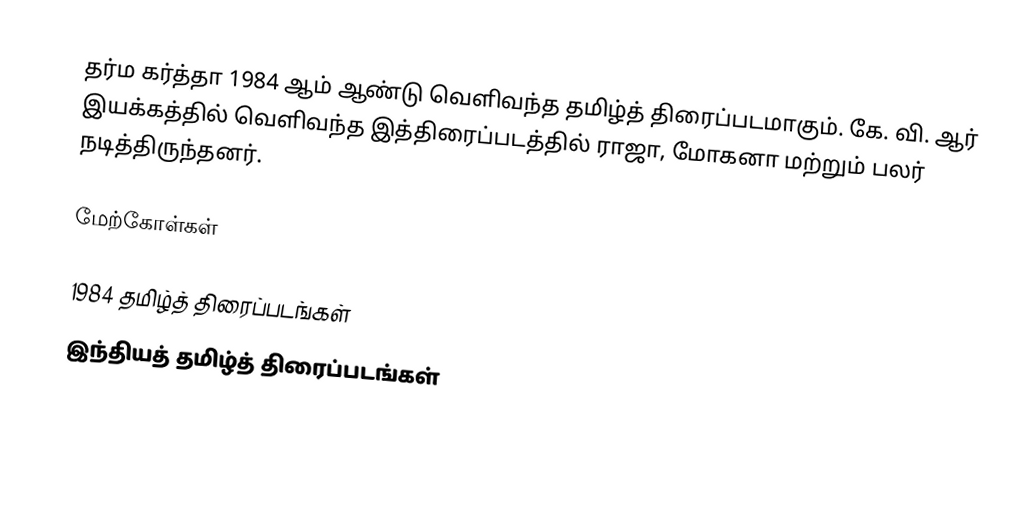
தர்ம கர்த்தா 1984 ஆம் ஆண்டு வெளிவந்த தமிழ்த் திரைப்படமாகும். கே. வி. ஆர் இயக்கத்தில் வெளிவந்த இத்திரைப்படத்தில் ராஜா, மோகனா மற்றும் பலர் நடித்திருந்தனர்.

மேற்கோள்கள்

1984 தமிழ்த் திரைப்படங்கள்
இந்தியத் தமிழ்த் திரைப்படங்கள்